Report of the Indian Hemp Drugs Commission, 1894-1895 - Volume I
Year: 1894
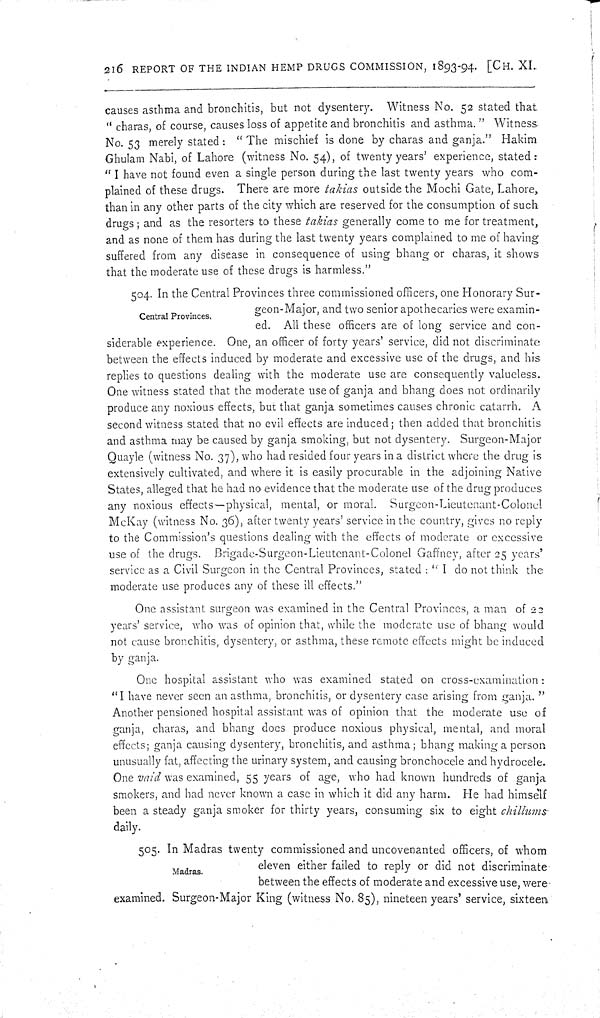
216 REPORT OF THE INDIAN HEMP DRUGS COMMISSION, 1893-94. [CH. XI.
causes asthma and bronchitis, but not dysentery. Witness No. 52 stated that
"charas, of course, causes loss of appetite and bronchitis and asthma." Witness
No. 53 merely stated: "The mischief is done by charas and ganja." Hakim
Ghulam Nabi, of Lahore (witness No. 54), of twenty years' experience, stated:
"I have not found even a single person during the last twenty years who com-
plained of these drugs. There are more takias outside the Mochi Gate, Lahore,
than in any other parts of the city which are reserved for the consumption of such
drugs; and as the resorters to these takias generally come to me for treatment,
and as none of them has during the last twenty years complained to me of having
suffered from any disease in consequence of using bhang or charas, it shows
that the moderate use of these drugs is harmless."
Central Provinces.
504. In the Central Provinces three commissioned officers, one Honorary Sur-
geon-Major, and two senior apothecaries were examin-
ed. All these officers are of long service and con-
siderable experience. One, an officer of forty years' service, did not discriminate
between the effects induced by moderate and excessive use of the drugs, and his
replies to questions dealing with the moderate use are consequently valueless.
One witness stated that the moderate use of ganja and bhang does not ordinarily
produce any noxious effects, but that ganja sometimes causes chronic catarrh. A
second witness stated that no evil effects are induced; then added that bronchitis
and asthma may be caused by ganja smoking, but not dysentery. Surgeon-Major
Quayle (witness No. 37), who had resided four years in a district where the drug is
extensively cultivated, and where it is easily procurable in the adjoining Native
States, alleged that he had no evidence that the moderate use of the drug produces
any noxious effects-physical, mental, or moral. Surgeon-Lieutenant-Colonel
McKay (witness No. 36), after twenty years' service in the country, gives no reply
to the Commission's questions dealing with the effects of moderate or excessive
use of the drugs. Brigade-Surgeon-Lieutenant-Colonel Gaffney, after 25 years'
service as a Civil Surgeon in the Central Provinces, stated: "I do not think the
moderate use produces any of these ill effects."
One assistant surgeon was examined in the Central Provinces, a man of 22
years' service, who was of opinion that, while the moderate use of bhang would
not cause bronchitis, dysentery, or asthma, these remote effects might be induced
by ganja.
One hospital assistant who was examined stated on cross-examination:
"I have never seen an asthma, bronchitis, or dysentery case arising from ganja."
Another pensioned hospital assistant was of opinion that the moderate use of
ganja, charas, and bhang does produce noxious physical, mental, and moral
effects; ganja causing dysentery, bronchitis, and asthma; bhang making a person
unusually fat, affecting the urinary system, and causing bronchocele and hydrocele.
One vaid was examined, 55 years of age, who had known hundreds of ganja
smokers, and had never known a case in which it did any harm. He had himself
been a steady ganja smoker for thirty years, consuming six to eight chillums
daily.
Madras.
505. In Madras twenty commissioned and uncovenanted officers, of whom
eleven either failed to reply or did not discriminate
between the effects of moderate and excessive use, were
examined. Surgeon-Major King (witness No. 85), nineteen years' service, sixteen